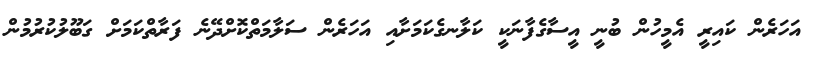
އަހަރެން ކައިރީ އެމީހުން ބުނީ އީސާގެފާނަކީ ކަލާނގެކަމަށާއި އަހަރެން ސަލާމަތްކޮށްދޭނެ ފަރާތްކަމަށް ގަބޫލުކުރުމުން